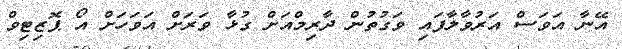
އޭނާ އަވަސް އަރުވާލާފައި ވަގުތުން ދާރިމްއަށް ގުޅާ ވަރަށް އަވަހަށް އޯ ޕޮޒިޓިވް